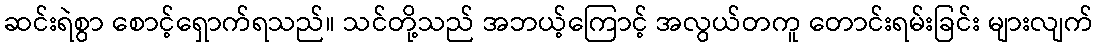
ဆင်းရဲစွာ စောင့်ရှောက်ရသည်။ သင်တို့သည် အဘယ့်ကြောင့် အလွယ်တကူ တောင်းရမ်းခြင်း များလျက်